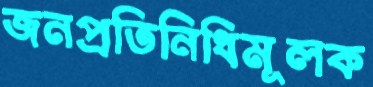
জনপ্রতিনিধিমূলক